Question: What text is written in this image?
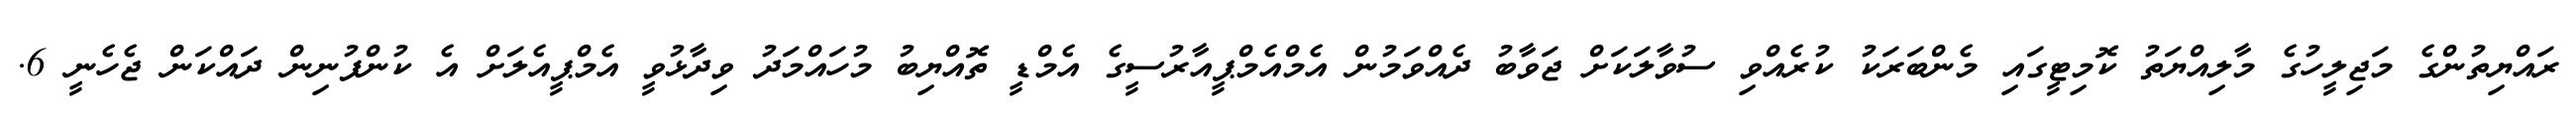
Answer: ރައްޔިތުންގެ މަޖިލީހުގެ މާލިއްޔަތު ކޮމިޓީގައި މެންބަރަކު ކުރެއްވި ސުވާލަކަށް ޖަވާބު ދެއްވަމުން އެމްއެމްޕީއާރުސީގެ އެމްޑީ ތޮއްޔިބު މުހައްމަދު ވިދާޅުވީ އެމްޕީއެލަށް އެ ކުންފުނިން ދައްކަން ޖެހެނީ 6.